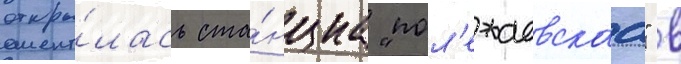
откры́лась ста́нциа "пол'ежаевскаа" в